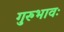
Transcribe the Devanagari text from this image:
गुरुभावः